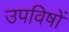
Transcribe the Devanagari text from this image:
उपविषों